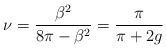
LaTeX: \begin{align*}\nu =\frac{\beta ^{2}}{8\pi -\beta ^{2}}=\frac{\pi }{\pi +2g}\end{align*}